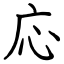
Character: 応